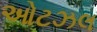
ઓટઝલ